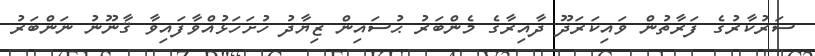
ސަރުކާރުގެ ފަރާތުން ވައިކަރަދޫ ދާއިރާގެ މެންބަރު ޙުސައިން ޒިޔާދު ހުށަހަޅުއްވާފައިވާ ޤާނޫނު ނަންބަރު